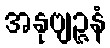
အနုဗျဉ္ဇနံ